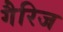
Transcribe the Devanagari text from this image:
गैरिज